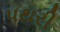
પથરી